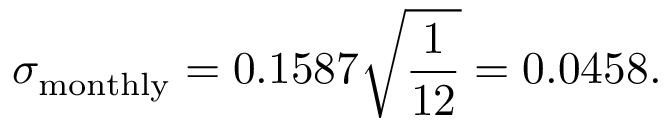
\sigma _ { \mathrm { m o n t h l y } } = 0 . 1 5 8 7 { \sqrt { \frac { 1 } { 1 2 } } } = 0 . 0 4 5 8 .